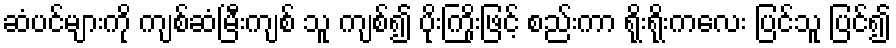
ဆံပင်များကို ကျစ်ဆံမြီးကျစ် သူ ကျစ်၍ ပိုးကြိုးဖြင့် စည်းကာ ရိုးရိုးကလေး ပြင်သူ ပြင်၍